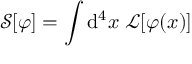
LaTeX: { \mathcal { S } } [ \varphi ] = \int \mathrm { d } ^ { 4 } x \; { { \mathcal { L } } [ \varphi ( x ) ] \, }